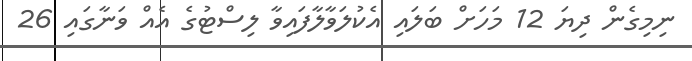
ނިމިގެން ދިޔަ 12 މަހަށް ބަލައި އެކުލަވާލާފައިވާ ލިސްޓުގެ އެއް ވަނާގައި 26